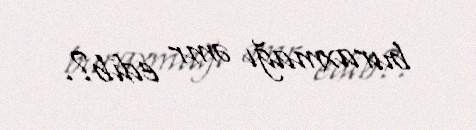
buraxmağı əmr edib?.